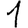
Digit: 1